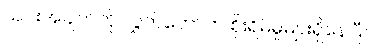
ယင်းအချက်ကို လွှတ်တော်က စိုးရိမ်မှုများရှိနေပြီ။